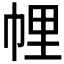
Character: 𢃇